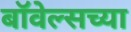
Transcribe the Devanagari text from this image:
बॉवेल्सच्या